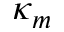
\kappa _ { m }